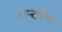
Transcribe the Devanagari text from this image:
एन्टरैप